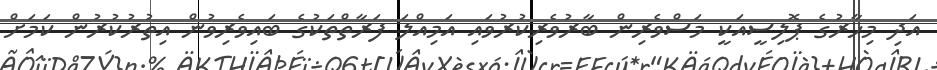
އަދި މިހާރުގެ ޕޮލިސީއަކީ މަސްވެރިން ބާރުވެރިކުރުވައި އަމިއްލަ ފަރާތްތަކުގެ ބައިވެރިވުން އިތުރުކުރުން ކަމަށް